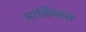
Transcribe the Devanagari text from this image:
मार्किसस